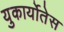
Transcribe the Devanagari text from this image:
युकार्योतेस